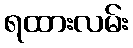
ရထားလမ်း